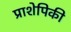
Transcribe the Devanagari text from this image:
प्राशेपिकी